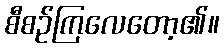
စီစဉ်ကြလေတော့၏။